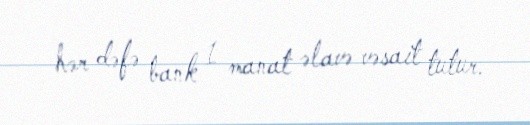
hər dəfə bank 1 manat əlavə vəsait tutur.